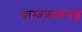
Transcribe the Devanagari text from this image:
शास्त्रक्रमात्तज्ज्ञ